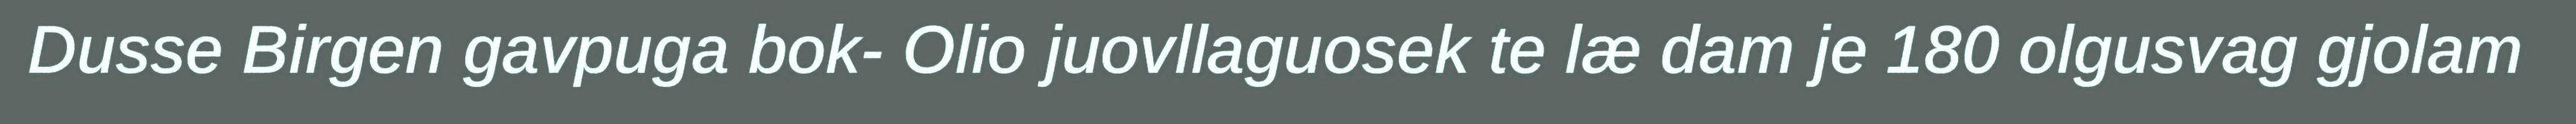
Dusse Birgen gavpuga bok- Olio juovllaguosek te læ dam je 180 olgusvag gjolam